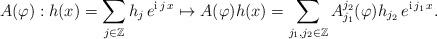
LaTeX: \begin{align*}A(\varphi): h(x)=\sum_{j\in\mathbb{Z}} h_j\,e^{\mathrm{i}\,j\,x} \mapsto A(\varphi) h(x)=\sum_{j_1, j_2\in\mathbb{Z}} A_{j_1}^{j_2}(\varphi)h_{j_2}\,e^{\mathrm{i}\,j_1\,x}.\end{align*}